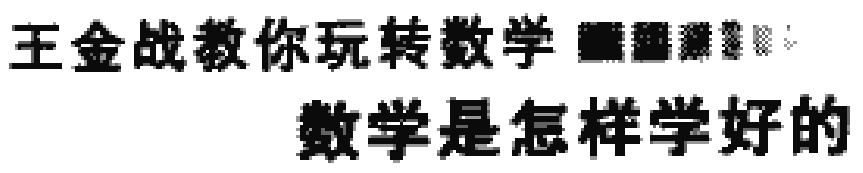
王金战教你玩转数学 数学是怎样学好的